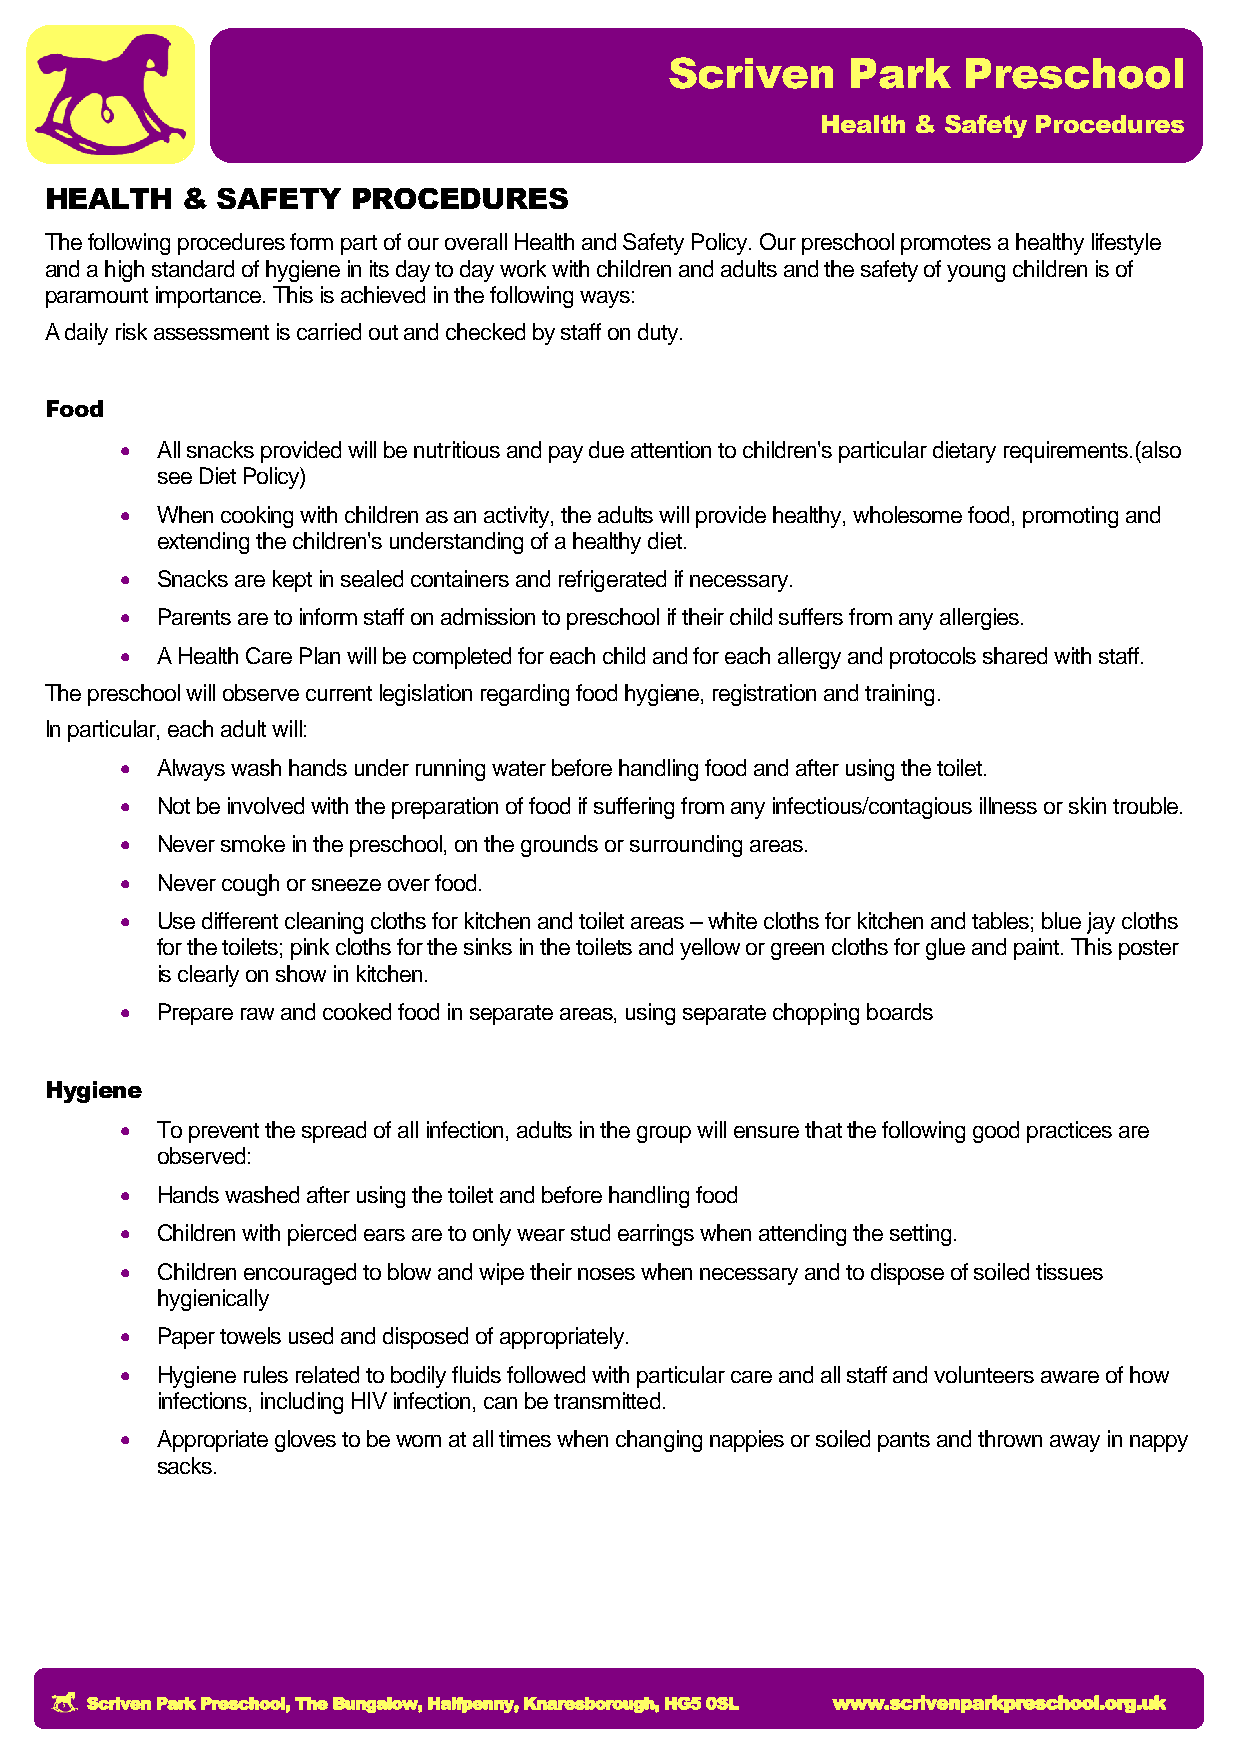
Scriven     Park    Preschool
 Health & Safety Procedures
 HEALTH   & SAFETY   PROCEDURES
 The following procedures form part of our overall Health and Safety Policy. Our preschool promotes a healthy lifestyle
 and a high standard of hygiene in its day to day work with children and adults and the safety of young children is of
 paramount importance. This is achieved in the following ways:
 A daily risk assessment is carried out and checked by staff on duty.
 Food
  All snacks provided will be nutritious and pay due attention to children's particular dietary requirements.(also
 see Diet Policy)
  When cooking with children as an activity, the adults will provide healthy, wholesome food, promoting and
 extending the children's understanding of a healthy diet.
  Snacks are kept in sealed containers and refrigerated if necessary.
  Parents are to inform staff on admission to preschool if their child suffers from any allergies.
  A Health Care Plan will be completed for each child and for each allergy and protocols shared with staff.
 The preschool will observe current legislation regarding food hygiene, registration and training.
 In particular, each adult will:
  Always wash hands under running water before handling food and after using the toilet.
  Not be involved with the preparation of food if suffering from any infectious/contagious illness or skin trouble.
  Never smoke in the preschool, on the grounds or surrounding areas.
  Never cough or sneeze over food.
  Use different cleaning cloths for kitchen and toilet areas – white cloths for kitchen and tables; blue jay cloths
 for the toilets; pink cloths for the sinks in the toilets and yellow or green cloths for glue and paint. This poster
 is clearly on show in kitchen.
  Prepare raw and cooked food in separate areas, using separate chopping boards
 Hygiene
  To prevent the spread of all infection, adults in the group will ensure that the following good practices are
 observed:
  Hands washed after using the toilet and before handling food
  Children with pierced ears are to only wear stud earrings when attending the setting.
  Children encouraged to blow and wipe their noses when necessary and to dispose of soiled tissues
 hygienically
  Paper towels used and disposed of appropriately.
  Hygiene rules related to bodily fluids followed with particular care and all staff and volunteers aware of how
 infections, including HIV infection, can be transmitted.
  Appropriate gloves to be worn at all times when changing nappies or soiled pants and thrown away in nappy
 sacks.
 Scriven Park Preschool, The Bungalow, Halfpenny, Knaresborough, HG5 0SL www.scrivenparkpreschool.org.uk